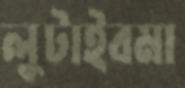
লুটাইবমা